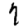
Digit: 1